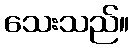
သေးသည်။